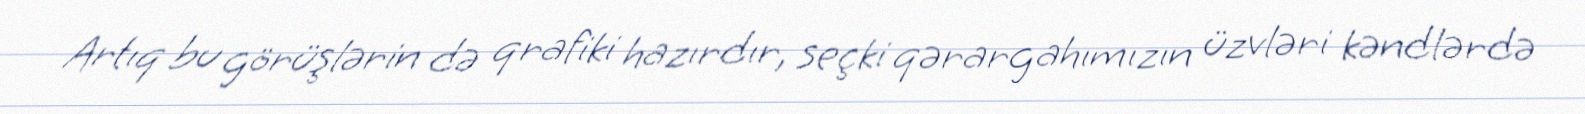
Artıq bu görüşlərin də qrafiki hazırdır, seçki qərargahımızın üzvləri kəndlərdə